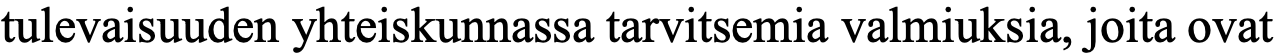
tulevaisuuden yhteiskunnassa tarvitsemia valmiuksia, joita ovat